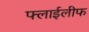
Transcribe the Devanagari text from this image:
फ्लाईलीफ